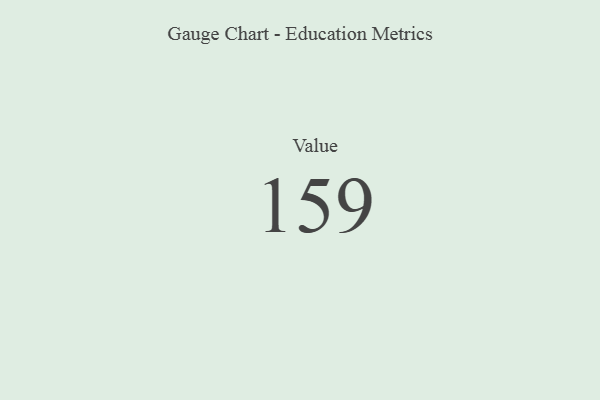
{"axis": {"x": "Metric", "y": "Value"}, "legend": [""], "data": [{"x": "Value", "y": 159, "type": ""}]}